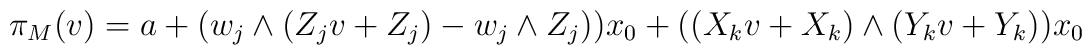
\pi _M(v) = a+ (w_j\wedge (Z_j v+ Z_j) - w_j\wedge Z_j ))x_0 +((X_kv +X_k)\wedge (Y_kv+Y_k))x_0